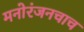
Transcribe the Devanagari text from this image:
मनोरंजनचाच